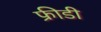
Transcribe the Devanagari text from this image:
फ्रीडी